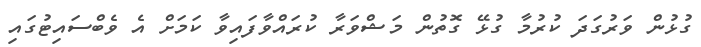
ގުޅުން ވަރުގަދަ ކުރުމާ ގުޅޭ ގޮތުން މަޝްވަރާ ކުރައްވާފައިވާ ކަމަށް އެ ވެބްސައިޓުގައި